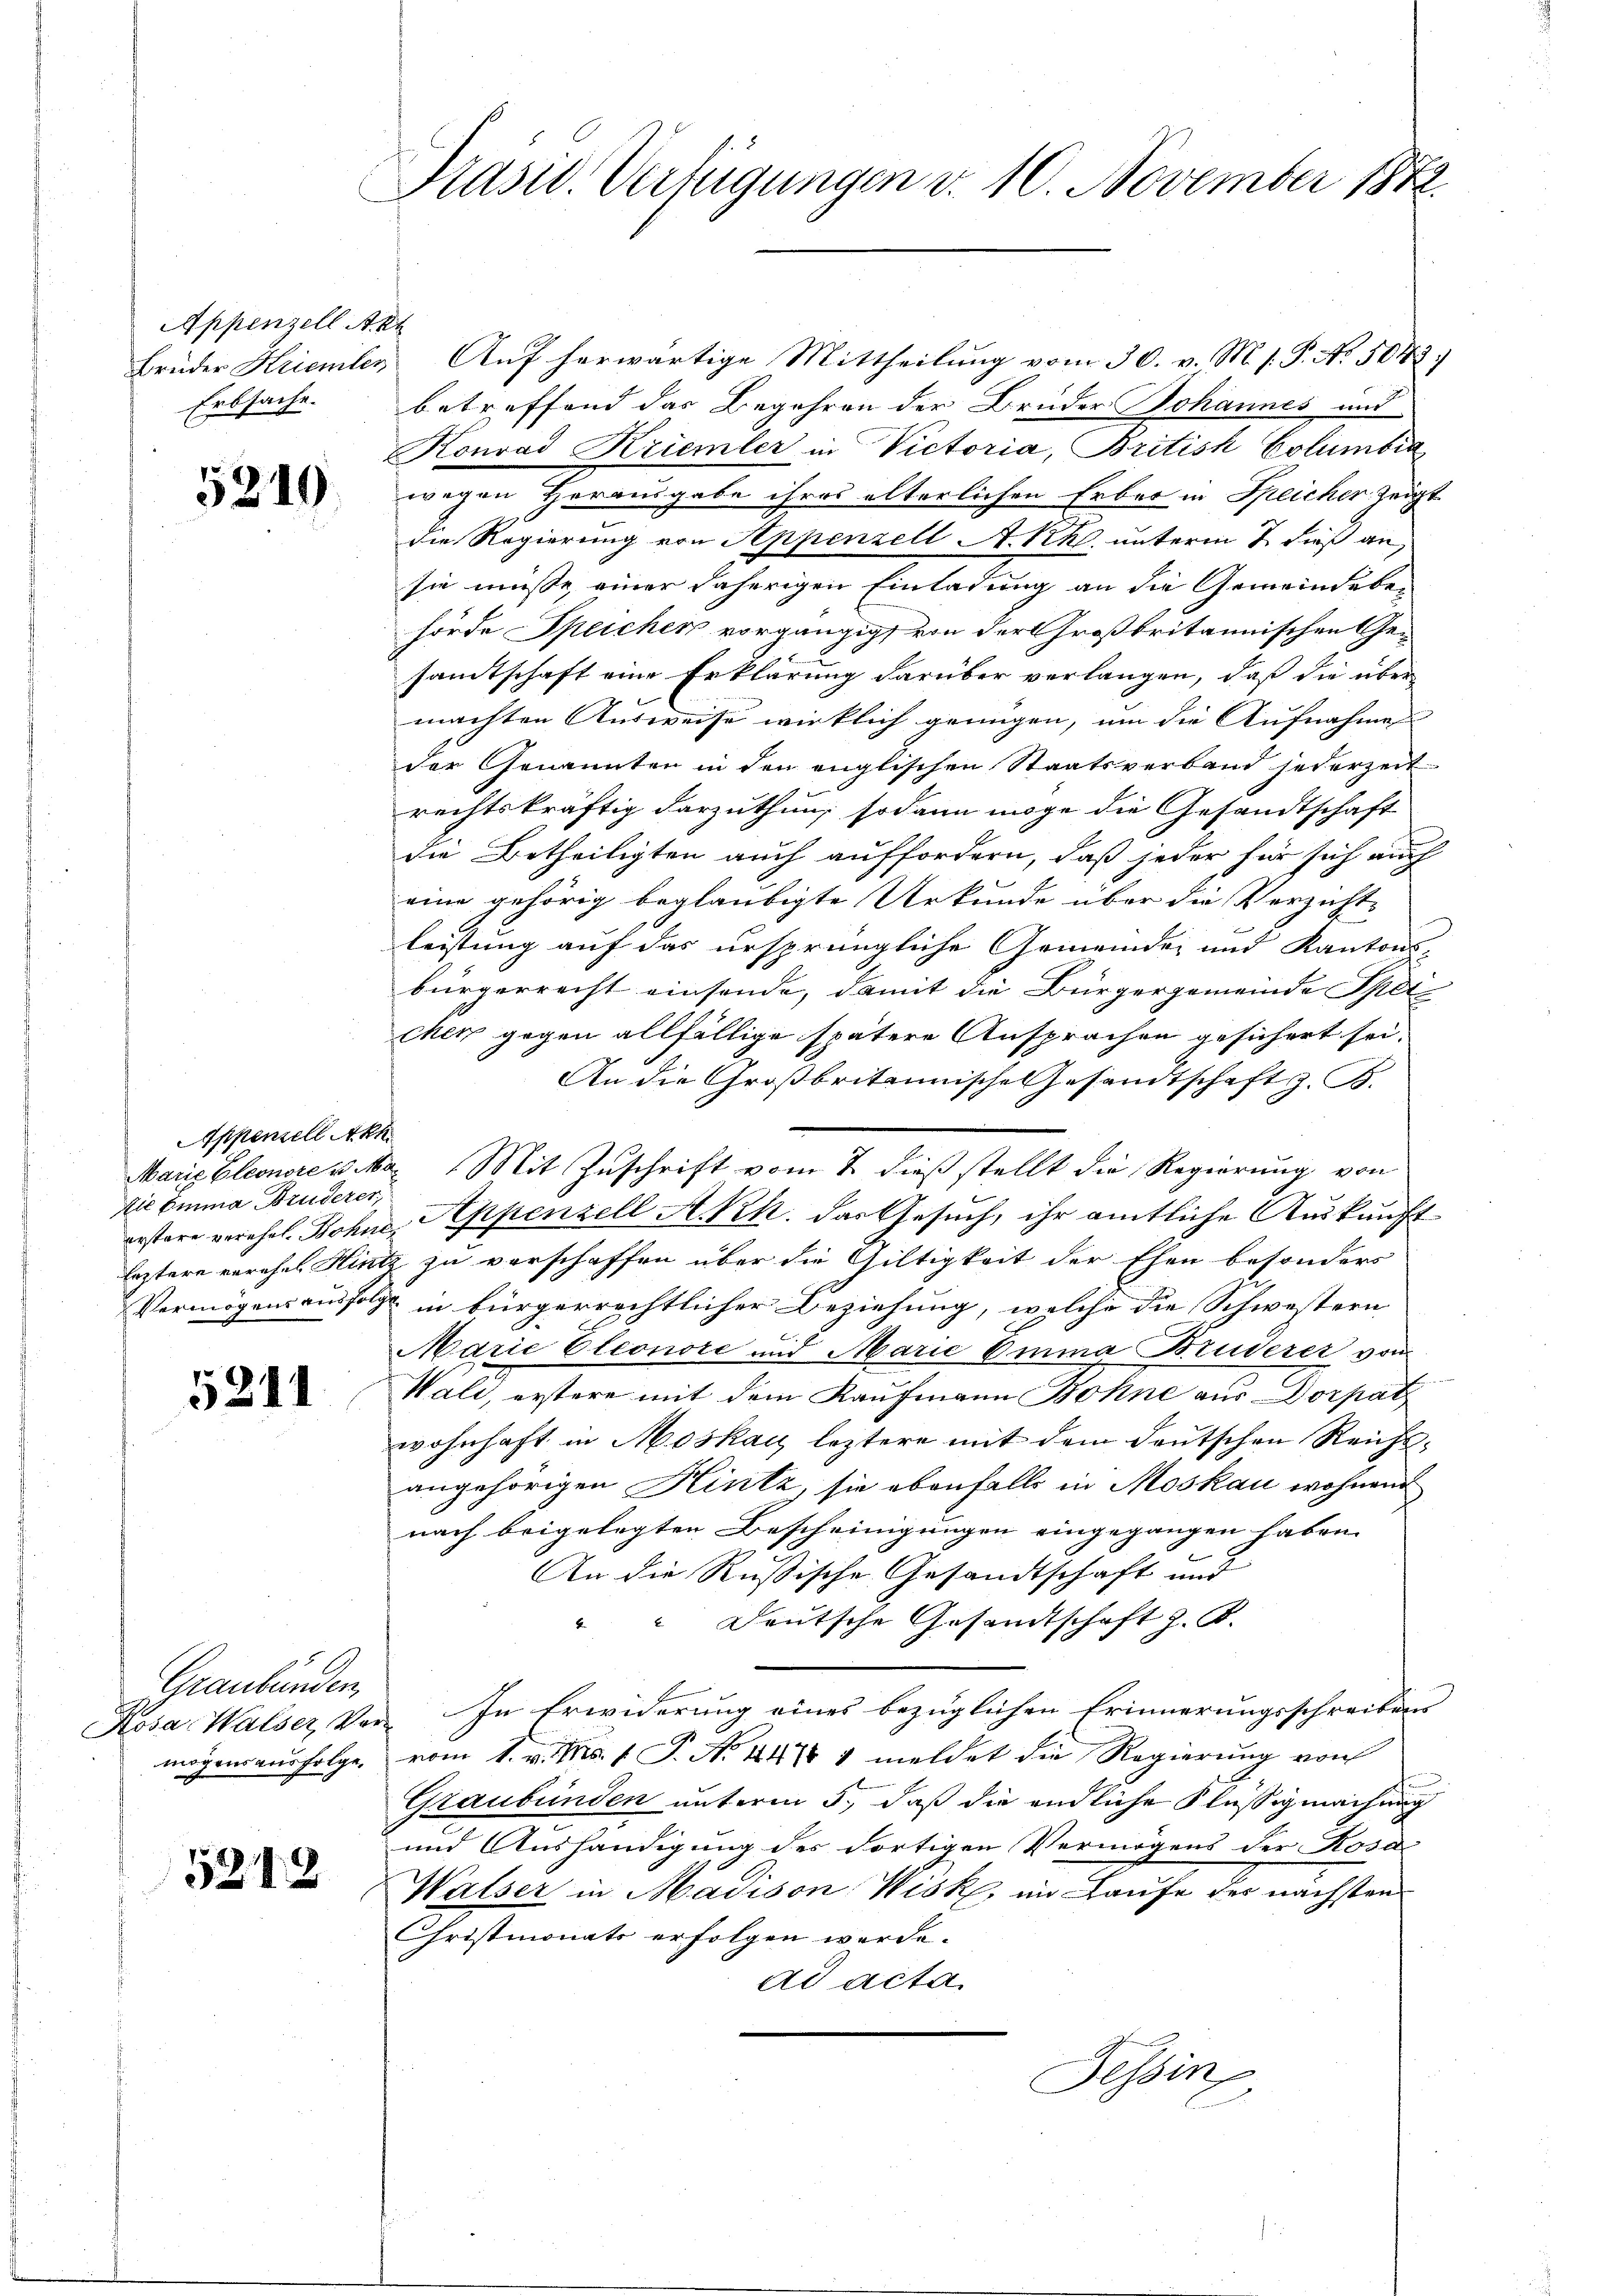
Appenzell Akt
Erbsache.

5819

Appenzell Akh
Als Emma Bruderer,

5211

Graubünden,

5212

Präsid. Verfügungen v. 10. November 1872.

Brüder Krienilen Auf herwärtige Mittheilung vom 30. v. M. s. P. No. 5048.
betreffend das Begehren der Brüder Johannes und
Konrad Kriemler in Victoria, British Columbia
wegen Herausgabe ihres alterlichen Erber in Speicher zeigt
die Regierung von Appenzell A.Rh. unterm 2. dieß an,
sie müsse, einer daherigen Einladung an die Gemeindeben
hörde Speicher vorgängig von der Großbritannischen Gesamtschaft eine Erklärung darüber verlangen, daß die über
machten Ausweise wirklich genügen, um die Aufnahme
der Genannten in den englischen Staatsverband jederzeit
rechtskräftig darzuthun; sodann möge die Gesandtschaft
die Betheiligten auch auffordern, daß jeder für sich auch
eine gehörig beglaubigte Urkunde über die Verzicht-
leistung auf das ursprüngliche Gemeinde- und Kantons-
bürgerrecht einsende, damit die Bürgergemeinde Spit
cher gegen allfällige spätere Ansprachen gesichert sei.
An die Großbritannische Gesandtschaft z. B.
erstere verehel. Bohne, Appenzell A.-Rh. das Gesuch, ihr amtliche Auskunft
leztere verehel Hintz zu verschaffen über die Giltigkeit der Ehen besonders
Vermögensausfolge in bürgerrechtlicher Beziehung, welche die Schwestern
Marie Eleonore und Marie Emma Bruderer von
Wald, erstere mit dem Kaufmann Bohne aus Dorpat
wohnhaft in Moskau leztere mit dem deutschen Reichsangehörigen Hintz, sie ebenfalls in Moskau wohnend
nach beigelegten Bescheinigungen eingegangen haben. |
.
An die Russische Gesandtschaft und
Deutsche Gesandtschaft z. B.
Kosa Walser Ver- In Erwiderung eines bezüglichen Erinnerungsschreibens
mögensausfolge, vom 1. v. Ms. 1. P. No. 447 u meldet die Regierung von
Graubünden unterm 5., daß die endliche Flüssigmachung
und Aushändigung des dortigen Vermögens der Rosa
Walser in Madison Wisk, im Laufe des nächsten
Christmonats erfolgen werde.
ad acta
Tessin

Marie Eleonore v. M. Mit Zuschrift vom 7. dieß stellt die Regierung von